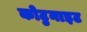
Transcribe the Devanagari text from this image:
कोटुनाइट